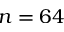
n = 6 4